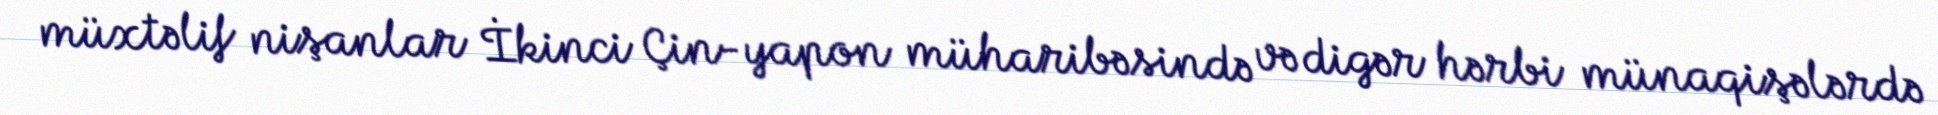
müxtəlif nişanlar İkinci Çin-yapon müharibəsində və digər hərbi münaqişələrdə